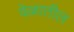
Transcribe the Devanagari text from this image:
वेळातील